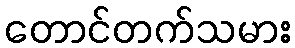
တောင်တက်သမား